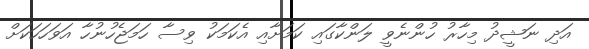
އަދި ނަޝީދު މިހާރު ހުންނެވީ ލަންކާގައި ކަމަށާއި އެކަމަކު ވިސާ ހަމަޖެހުނުހާ އަވަހަހަކަށް